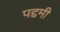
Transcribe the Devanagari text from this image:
पद्दमी